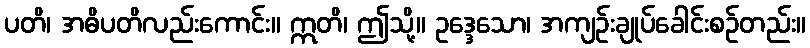
ပတိ၊ အဓိပတိလည်းကောင်း။ ဣတိ၊ ဤသို့။ ဥဒ္ဒေသော၊ အကျဉ်းချုပ်ခေါင်းစဉ်တည်း။